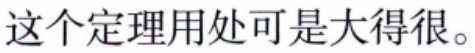
这个定理用处可是大得很。